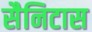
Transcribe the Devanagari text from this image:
सैनिटास